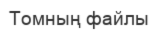
Томның файлы